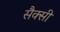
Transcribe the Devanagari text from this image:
सैक्सी